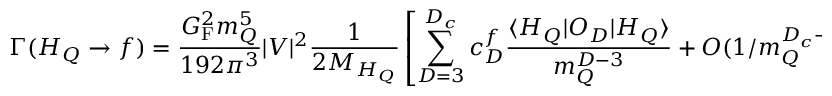
\Gamma ( H _ { Q } \rightarrow f ) = \frac { G _ { \mathrm { F } } ^ { 2 } m _ { Q } ^ { 5 } } { 1 9 2 \pi ^ { 3 } } | V | ^ { 2 } \frac { 1 } { 2 M _ { H _ { Q } } } \left[ \sum _ { D = 3 } ^ { D _ { c } } c _ { D } ^ { f } \frac { \langle H _ { Q } | O _ { D } | H _ { Q } \rangle } { m _ { Q } ^ { D - 3 } } + { \cal O } ( 1 / m _ { Q } ^ { D _ { c } - 2 } ) \right] \, ,